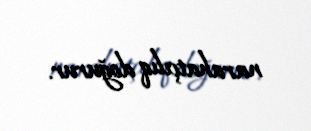
narahatçılıq doğurur.